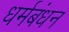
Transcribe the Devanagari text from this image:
धर्मबंधन